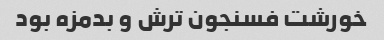
خورشت فسنجون ترش و بدمزه بود